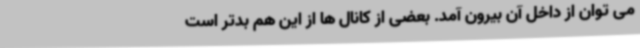
می توان از داخل آن بیرون آمد. بعضی از کانال ها از این هم بدتر است